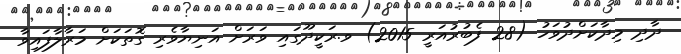
ދާދި މިދާކަށްދުވަހު (28 ފެބުރުއަރީ 2015) ވ.ރަކީދޫގައި ވަރަށް އަނިޔާވެރި ގޮތަކަށް މަރާލާފައިވާ